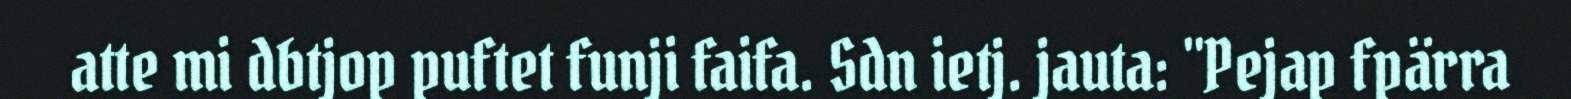
atte mi dbtjop puftet funji faifa. Sdn ietj. jauta: "Pejap fpärra